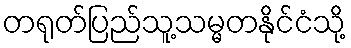
တရုတ်ပြည်သူ့သမ္မတနိုင်ငံသို့